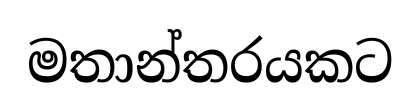
මතාන්තරයකට